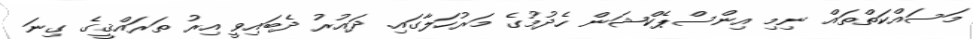
މަސައްކަތްތައް ނިމި އިންސްޕެކްޝަން ހެދުމުގެ މަރުހަލާގައި. ދައުރު ދެބައިވީ އިރު ތަރައްޤީގެ ގިނަ